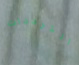
الترددات